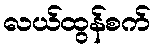
လယ်ထွန်စက်